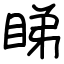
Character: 睇